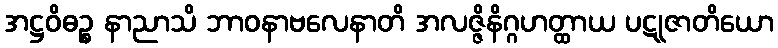
အဋ္ဌဝိဓဉ္စ နာညာသိ ဘာဝနာဗလေနာတိ အလဇ္ဇိနိဂ္ဂဟတ္ထာယ ပဋုဇာတိယော